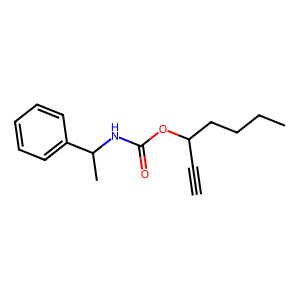
SMILES: C#CC(CCCC)OC(=O)NC(C)c1ccccc1
Inhibits HIV replication: No